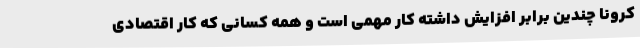
کرونا چندین برابر افزایش داشته کار مهمی است و همه کسانی که کار اقتصادی